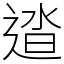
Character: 𨓬